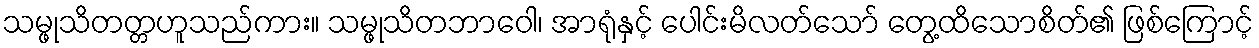
သမ္ဖုသိတတ္တဟူသည်ကား။ သမ္ဖုသိတဘာဝေါ၊ အာရုံနှင့် ပေါင်းမိလတ်သော် တွေ့ထိသောစိတ်၏ ဖြစ်ကြောင့်